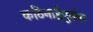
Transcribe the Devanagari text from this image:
कठिनाईपूर्वक